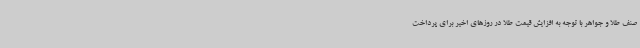
صنف طلا و جواهر با توجه به افزایش قیمت طلا در روزهای اخیر برای پرداخت